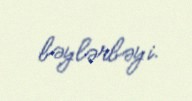
bəylərbəyi.